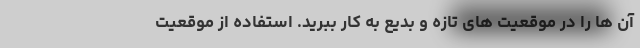
آن ها را در موقعیت های تازه و بدیع به کار ببرید. استفاده از موقعیت